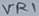
Text: VR1